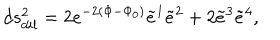
d s _ { d i l } ^ { 2 } = 2 e ^ { - 2 ( \Phi - { \Phi } _ { 0 } ) } { \tilde { e } } ^ { 1 } { \tilde { e } } ^ { 2 } + 2 { \tilde { e } } ^ { 3 } { \tilde { e } } ^ { 4 } ,